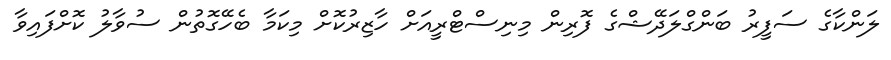
ލަންކާގެ ސަފީރު ބަންގްލަދޭޝްގެ ފޮރިން މިނިސްޓްރީއަށް ހާޒިރުކޮށް މިކަމާ ބެހޭގޮތުން ސުވާލު ކޮށްފައިވާ